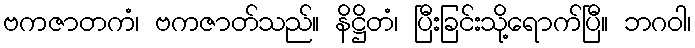
ဗကဇာတကံ၊ ဗကဇာတ်သည်။ နိဋ္ဌိတံ၊ ပြီးခြင်းသို့ရောက်ပြီ။ ဘဂဝါ၊